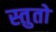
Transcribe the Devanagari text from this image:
स्तुतो